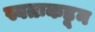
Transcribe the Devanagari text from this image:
स्वतःकडून